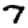
Digit: 7